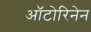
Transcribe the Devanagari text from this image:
ऑटोरिनेन